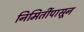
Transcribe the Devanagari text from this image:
निमिर्तीपासून